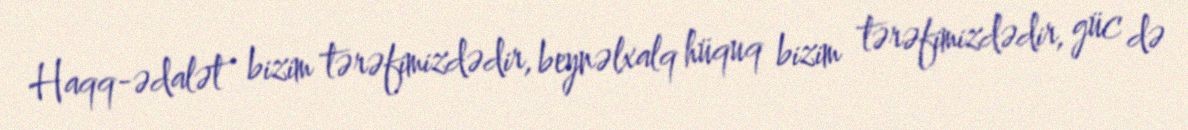
Haqq-ədalət bizim tərəfimizdədir, beynəlxalq hüquq bizim tərəfimizdədir, güc də